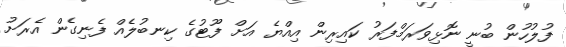
ފުލުހުން ބުނީ ނޮޅިވަރަމްފަރު ކައިރިން އިއްޔެ އަށް ފޫޓުގެ ކިނބުލެއް ފެނިގެން އެރަށު